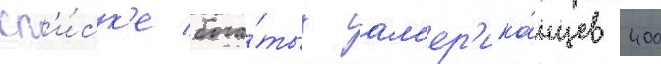
сп'и́ск'е бога́тых ам'ер'ика́нцев 400